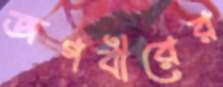
জগবীরের